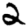
Digit: 2